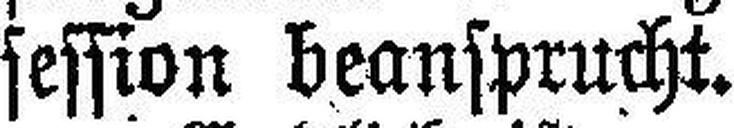
session beansprucht.